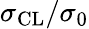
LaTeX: \sigma_{\mathrm{CL}}/\sigma_{0}